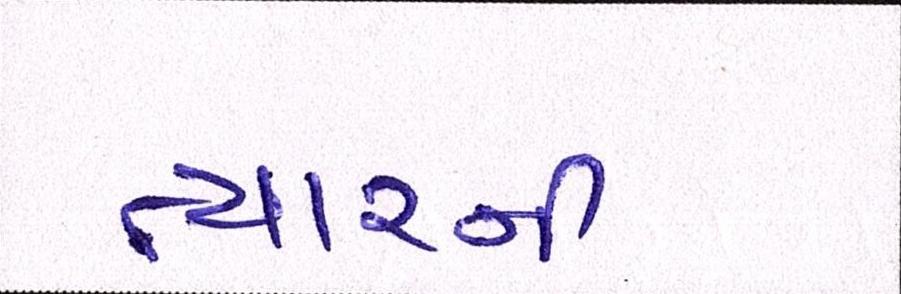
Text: ત્યારની